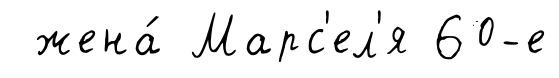
жена́ Марс'ел'я 60-е